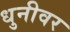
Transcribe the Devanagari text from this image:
धुनीवर